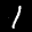
Label: 1